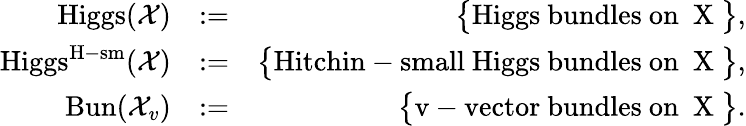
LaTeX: \begin{array}{rlr}{\mathrm{Higgs}({\mathcal X})}&{:=}&{\big\{ \mathrm{Higgs~bundles~on~{\mathcal~X}~}\big\} ,}\\ {\mathrm{Higgs}^{\mathrm{H\mathrm{-}sm}}({\mathcal X})}&{:=}&{\big\{ \mathrm{Hitchin-small~Higgs~bundles~on~{\mathcal~X}~}\big\} ,}\\ {\mathrm{Bun}({\mathcal X}_{v})}&{:=}&{\big\{ \mathrm{v-vector~bundles~on~{\mathcal~X}~}\big\} .}\end{array}